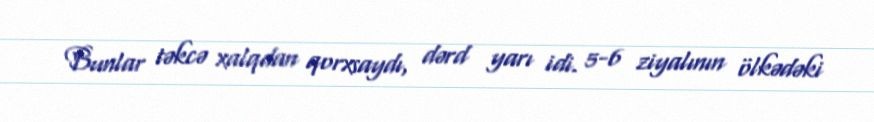
Bunlar təkcə xalqdan qorxsaydı, dərd yarı idi. 5-6 ziyalının ölkədəki